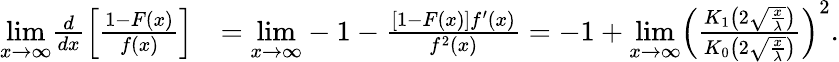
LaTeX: \begin{array}{rl}{\underset{x\rightarrow\infty}{\mathrm{lim}}\frac{d}{dx}\left[\frac{1-F(x)}{f(x)}\right]}&{=\underset{x\rightarrow\infty}{\mathrm{lim}}-1-\frac{\left[1-F(x)\right]f^{\prime}(x)}{f^{2}(x)}=-1+\underset{x\rightarrow\infty}{\mathrm{lim}}\left(\frac{K_{1}\left(2\sqrt{\frac{x}{\lambda}}\right)}{K_{0}\left(2\sqrt{\frac{x}{\lambda}}\right)}\right)^{2}.}\end{array}